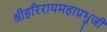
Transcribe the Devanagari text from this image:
श्रीहरिरायमहाप्रभुजी